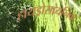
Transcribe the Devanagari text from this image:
हायड्रोसायनिक